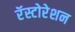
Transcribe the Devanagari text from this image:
रॅस्टोरेशन